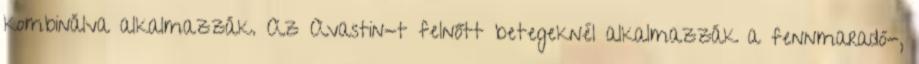
kombinálva alkalmazzák. Az Avastin-t felnőtt betegeknél alkalmazzák a fennmaradó-,